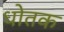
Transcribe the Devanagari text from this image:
धोतक